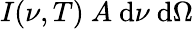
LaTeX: I(\nu,T)~A~\mathrm{d}\nu~\mathrm{d}\Omega